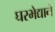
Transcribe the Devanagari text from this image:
घरभेद्याने